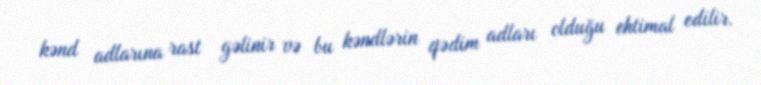
kənd adlarına rast gəlinir və bu kəndlərin qədim adları olduğu ehtimal edilir.